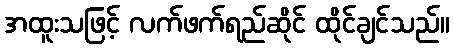
အထူးသဖြင့် လက်ဖက်ရည်ဆိုင် ထိုင်ချင်သည်။